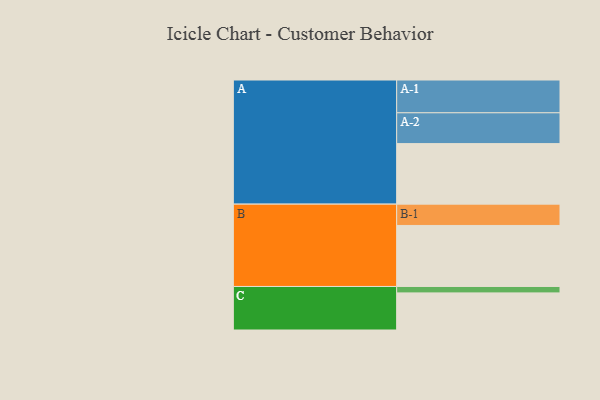
{"axis": {"x": "Segment", "y": "Value"}, "legend": ["", "A", "B", "C"], "data": [{"x": "A", "y": 491, "type": ""}, {"x": "B", "y": 495, "type": ""}, {"x": "C", "y": 301, "type": ""}, {"x": "A-1", "y": 266, "type": "A"}, {"x": "A-2", "y": 250, "type": "A"}, {"x": "B-1", "y": 173, "type": "B"}, {"x": "C-1", "y": 52, "type": "C"}]}